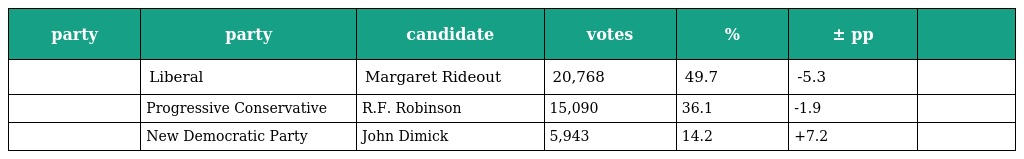
| party | party | candidate | votes | % | ± pp |  |
 | --- | --- | --- | --- | --- | --- | --- |
 |  | Liberal | Margaret Rideout | 20,768 | 49.7 | -5.3 |  |
 |  | Progressive Conservative | R.F. Robinson | 15,090 | 36.1 | -1.9 |  |
 |  | New Democratic Party | John Dimick | 5,943 | 14.2 | +7.2 |  |